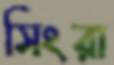
সিংরা